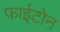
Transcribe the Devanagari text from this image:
फाईटोन